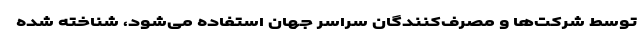
توسط شرکت‌ها و مصرف‌کنندگان سراسر جهان استفاده می‌شود، شناخته شده